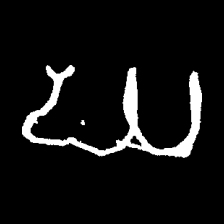
Pyu character \u2014 Myanmar letter: ဃ (romanized: gha)